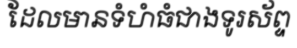
ដែលមានទំហំធំជាងទូរស័ព្ទ